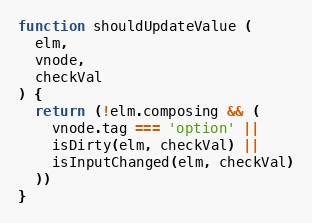
Language: JavaScript
function shouldUpdateValue (
  elm,
  vnode,
  checkVal
) {
  return (!elm.composing && (
    vnode.tag === 'option' ||
    isDirty(elm, checkVal) ||
    isInputChanged(elm, checkVal)
  ))
}